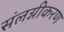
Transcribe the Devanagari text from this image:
संलग्नीकरण